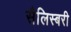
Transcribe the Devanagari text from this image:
सैलिस्बरी